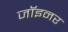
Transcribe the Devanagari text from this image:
जॉइनर